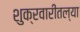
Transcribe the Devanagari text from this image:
शुक्रवारीतल्या